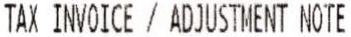
TAX INVOICE / ADJUSTMENT NOTE